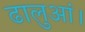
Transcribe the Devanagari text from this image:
ढालुआं।